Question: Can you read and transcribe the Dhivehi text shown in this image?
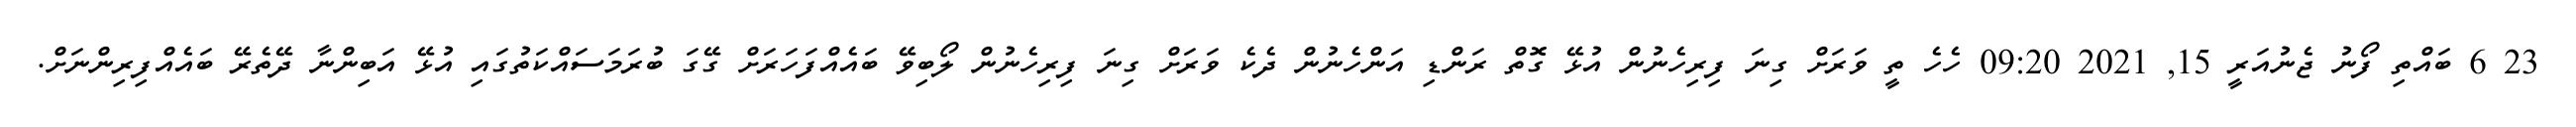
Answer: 23 6 ބައްތި ފޯނު ޖެނުއަރީ 15, 2021 09:20 ހެހެ ތީ ވަރަށް ގިނަ ފިރިހެނުން އުޅޭ ގޮތް ރަންޑި އަންހެނުން ދެކެ ވަރަށް ގިނަ ފިރިހެނުން ލޯބިވޭ ބައެއްފަހަރަށް ގޭގަ ބުރަމަސައްކަތުގައި އުޅޭ އަބިންނާ ދޭތެރޭ ބައެއްފިރިންނަށް.